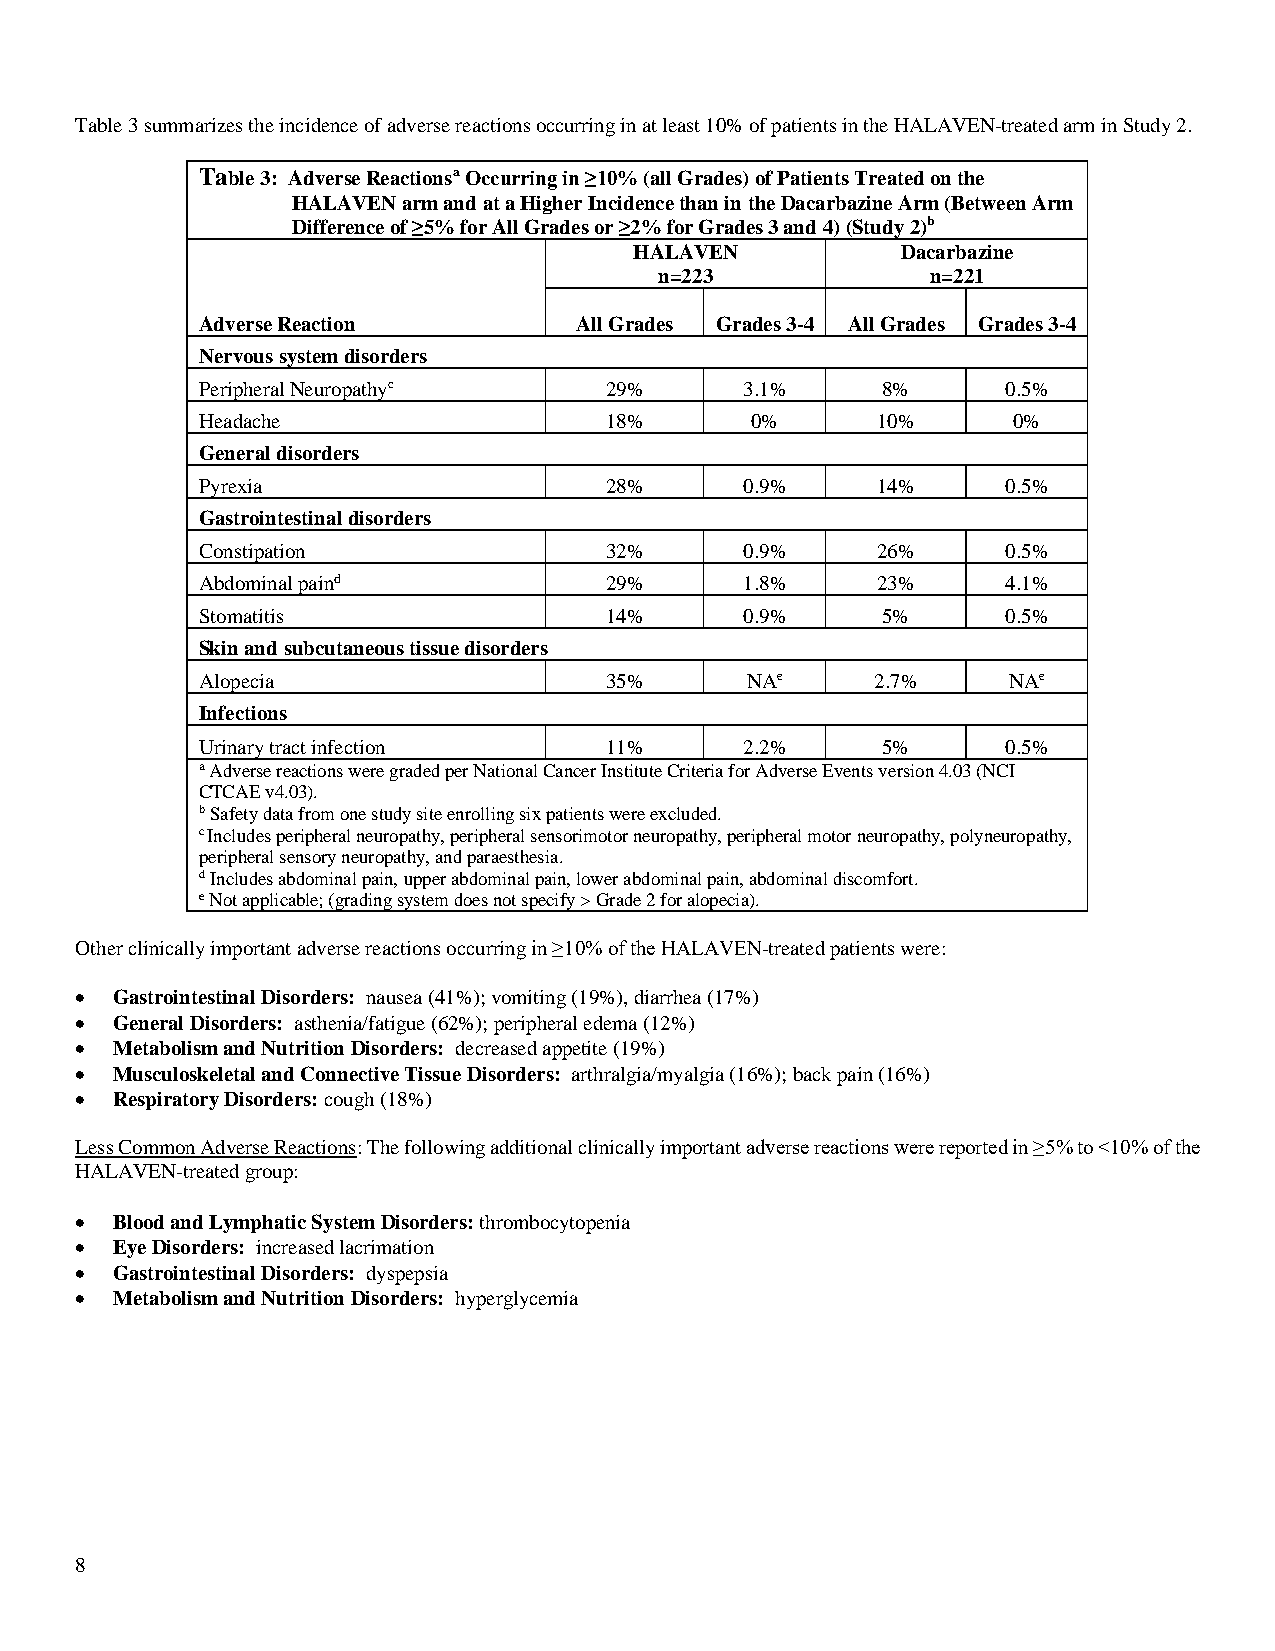
Table 3 summarizes the incidence of adverse reactions occurring in at least 10% of patients in the HALAVEN-treated arm in Study 2.
 Table 3: Adverse Reactionsa Occurring in ≥10% (all Grades) of Patients Treated on the
 HALAVEN arm and at a Higher Incidence than in the Dacarbazine Arm (Between Arm
 Difference of ≥5% for All Grades or ≥2% for Grades 3 and 4) (Study 2)b
 HALAVEN           Dacarbazine
 n=223             n=221
 Adverse Reaction         All Grades Grades 3-4 All Grades Grades 3-4
 Nervous system disorders
 Peripheral Neuropathyc     29%      3.1%     8%       0.5%
 Headache                   18%       0%      10%      0%
 General disorders
 Pyrexia                    28%      0.9%     14%      0.5%
 Gastrointestinal disorders
 Constipation               32%      0.9%     26%      0.5%
 Abdominal paind            29%      1.8%     23%      4.1%
 Stomatitis                 14%      0.9%     5%       0.5%
 Skin and subcutaneous tissue disorders
 Alopecia                   35%      NAe      2.7%     NAe
 Infections
 Urinary tract infection    11%      2.2%     5%       0.5%
 a Adverse reactions were graded per National Cancer Institute Criteria for Adverse Events version 4.03 (NCI
 CTCAE v4.03).
 b Safety data from one study site enrolling six patients were excluded.
 c Includes peripheral neuropathy, peripheral sensorimotor neuropathy, peripheral motor neuropathy, polyneuropathy,
 peripheral sensory neuropathy, and paraesthesia.
 d Includes abdominal pain, upper abdominal pain, lower abdominal pain, abdominal discomfort.
 e Not applicable; (grading system does not specify > Grade 2 for alopecia).
 Other clinically important adverse reactions occurring in ≥10% of the HALAVEN-treated patients were:
 • Gastrointestinal Disorders: nausea (41%); vomiting (19%), diarrhea (17%)
 • General Disorders: asthenia/fatigue (62%); peripheral edema (12%)
 • Metabolism and Nutrition Disorders: decreased appetite (19%)
 • Musculoskeletal and Connective Tissue Disorders: arthralgia/myalgia (16%); back pain (16%)
 • Respiratory Disorders: cough (18%)
 Less Common Adverse Reactions: The following additional clinically important adverse reactions were reported in ≥5% to <10% of the
 HALAVEN-treated group:
 • Blood and Lymphatic System Disorders: thrombocytopenia
 • Eye Disorders: increased lacrimation
 • Gastrointestinal Disorders: dyspepsia
 • Metabolism and Nutrition Disorders: hyperglycemia
 8